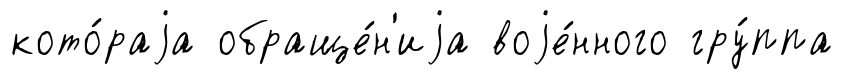
кото́раjа обраще́н'иjа воjе́нного гру́ппа